Report on the working of the Ranchi Indian Mental Hospital, Kanke, in Bihar and Orissa - 1930-1940
Year: 1930
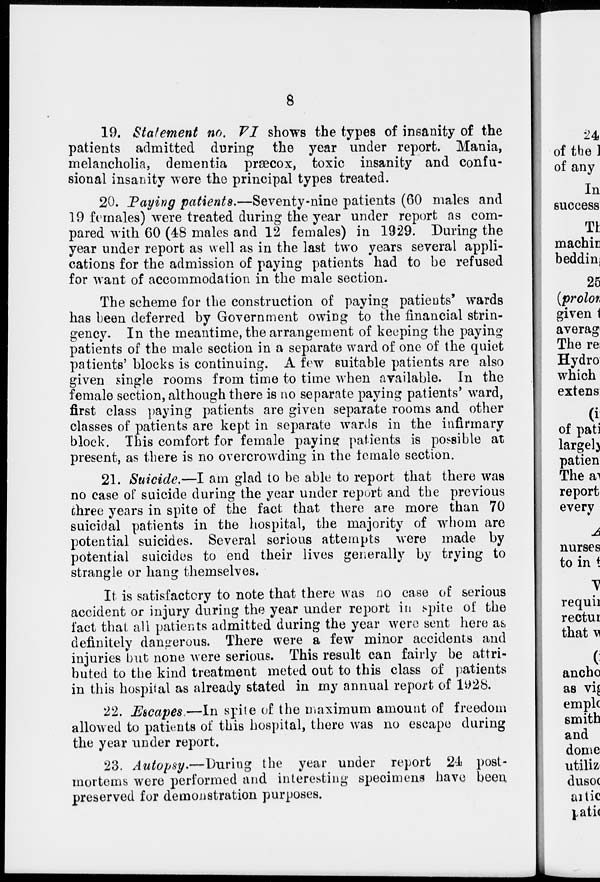
8
19. Statement no. VI shows the types of insanity of the
patients admitted during the year under report. Mania,
melancholia, dementia præcox, toxic insanity and confu-
sional insanity were the principal types treated.
20. Paying patients.—Seventy-nine patients (60 males and
19 females) were treated during the year under report as com-
pared with 60 (48 males and 12 females) in 1929. During the
year under report as well as in the last two years several appli-
cations for the admission of paying patients had to be refused
for want of accommodation in the male section.
The scheme for the construction of paying patients' wards
has been deferred by Government owing to the financial strin-
gency. In the meantime, the arrangement of keeping the paying
patients of the male section in a separate ward of one of the quiet
patients' blocks is continuing. A few suitable patients are also
given single rooms from time to time when available. In the
female section, although there is no separate paying patients' ward,
first class paying patients are given separate rooms and other
classes of patients are kept in separate wards in the infirmary
block. This comfort for female paying patients is possible at
present, as there is no overcrowding in the female section.
21. Suicide.—I am glad to be able to report that there was
no case of suicide during the year under report and the previous
three years in spite of the fact that there are more than 70
suicidal patients in the hospital, the majority of whom are
potential suicides. Several serious attempts were made by
potential suicides to end their lives generally by trying to
strangle or hang themselves.
It is satisfactory to note that there was no case of serious
accident or injury during the year under report in spite of the
fact that all patients admitted during the year were sent here as
definitely dangerous. There were a few minor accidents and
injuries but none were serious. This result can fairly be attri-
buted to the kind treatment meted out to this class of patients
in this hospital as already stated in my annual report of 1928.
22. Escapes—In spite of the maximum amount of freedom
allowed to patients of this hospital, there was no escape during
the year under report.
23. Autopsy.—During
the year under report 24 post-
mortems were performed and interesting specimens have been
preserved for demonstration purposes.